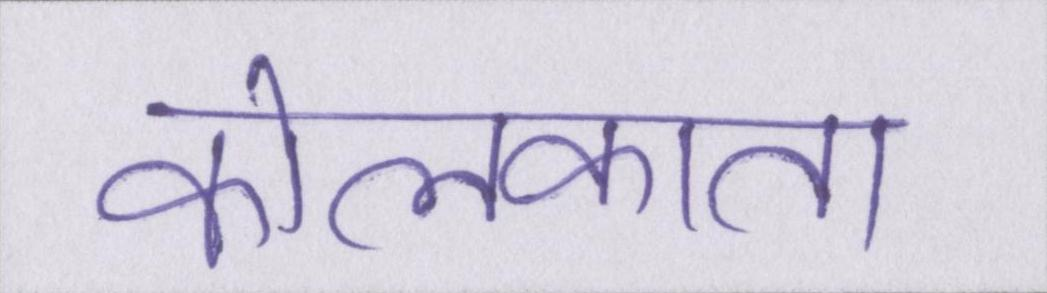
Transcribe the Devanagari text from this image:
कोलकाता